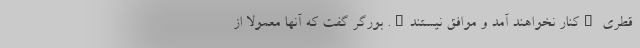
قطری "کنار نخواهند آمد و موافق نیستند". بورگر گفت که آنها معمولا از